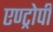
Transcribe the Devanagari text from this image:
एण्ट्रोपी